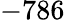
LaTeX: -786